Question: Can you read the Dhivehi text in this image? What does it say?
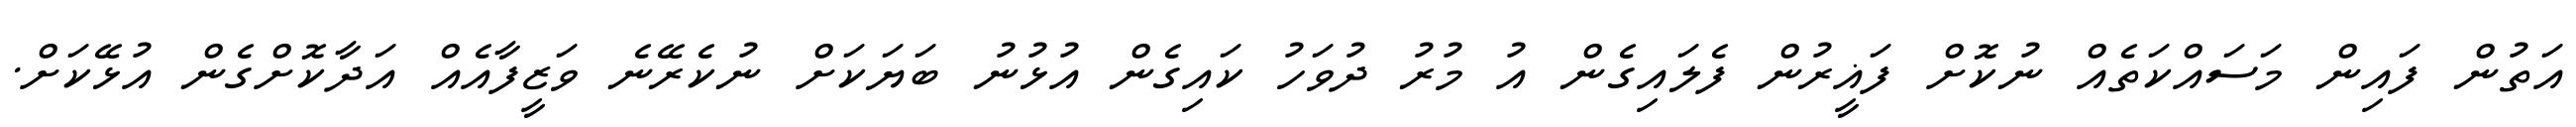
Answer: އަތުން ފައިން މަސައްކަތެއް ނުކޮށް ފަޣީރުން ފެލައިގެން އު މުރު ދުވަހު ކައިގެން އުޅުނު ބަޔަކަށް ނުކެރޭނެ ވަޒީފާއެއް އަދާކޮށްގެން އުޅޭކަށް.